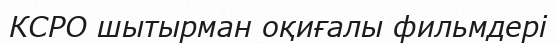
КСРО шытырман оқиғалы фильмдері